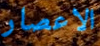
الاعصار